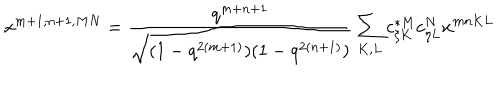
LaTeX: x ^ { m + 1 , n + 1 , M N } = \frac { q ^ { m + n + 1 } } { \sqrt { ( 1 - q ^ { 2 ( m + 1 ) } ) ( 1 - q ^ { 2 ( n + 1 ) } ) } } \sum _ { K , L } c _ { \xi K } ^ { * M } c _ { \eta L } ^ { N } x ^ { m n K L }